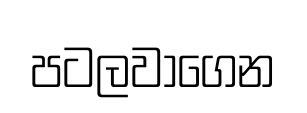
පටලවාගෙන